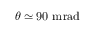
\theta \simeq 9 0 ~ \mathrm { m r a d }